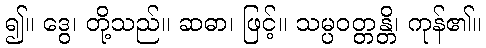
၍။ ဒွေ၊ တို့သည်။ ဆဓာ၊ ဖြင့်။ သမ္ပဝတ္တန္တိ၊ ကုန်၏။